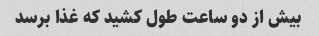
بیش از دو ساعت طول کشید که غذا برسد